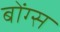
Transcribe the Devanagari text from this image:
बोंग्स